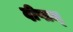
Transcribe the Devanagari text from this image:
दीप्तम्